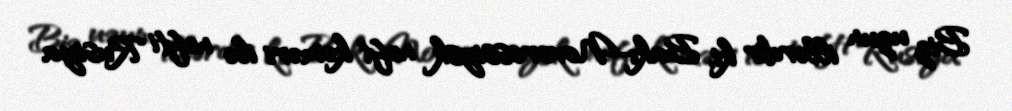
Biz uzun illərdir ki, Bakı-Novorossiysk neft kəməri ilə nefti Rusiya